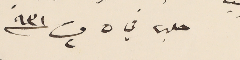
حلب في ٥ ت٢ سنة ٩٣١ الداعى لسيادتكم